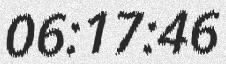
06:17:46